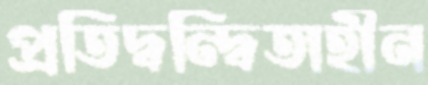
প্রতিদ্বন্দ্বিতাহীন